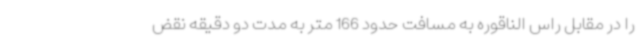
را در مقابل راس الناقوره به مسافت حدود 166 متر به مدت دو دقیقه نقض